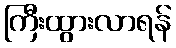
ကြီးထွားလာရန်